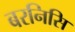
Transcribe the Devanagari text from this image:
बरनिसि